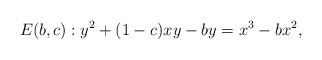
\begin{align*}E(b,c): y^2+(1-c) x y - b y = x^3- b x^2,\end{align*}